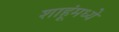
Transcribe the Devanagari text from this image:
शाहूंमध्ये